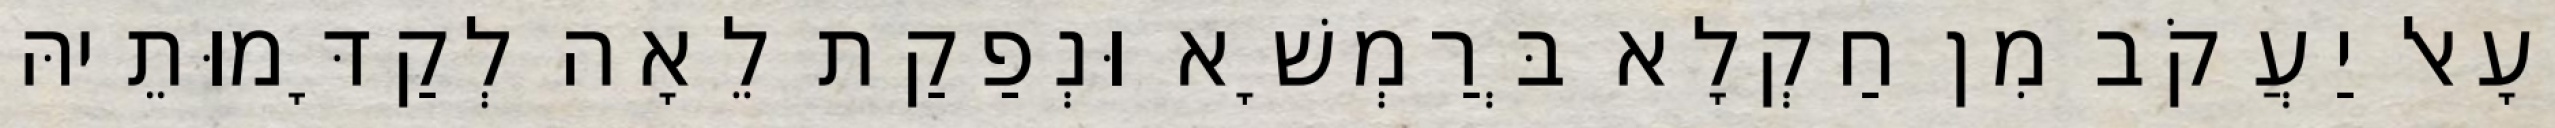
וְעָאל יַעֲקֹב מִן חַקְלָא בְּרַמְשָׁא וּנְפַקַת לֵאָה לְקַדָּמוּתֵיהּ